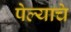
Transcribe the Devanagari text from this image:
पेल्याचे